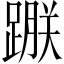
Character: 𨃵